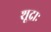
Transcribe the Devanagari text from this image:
शूद्राः